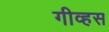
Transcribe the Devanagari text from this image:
गीव्हस